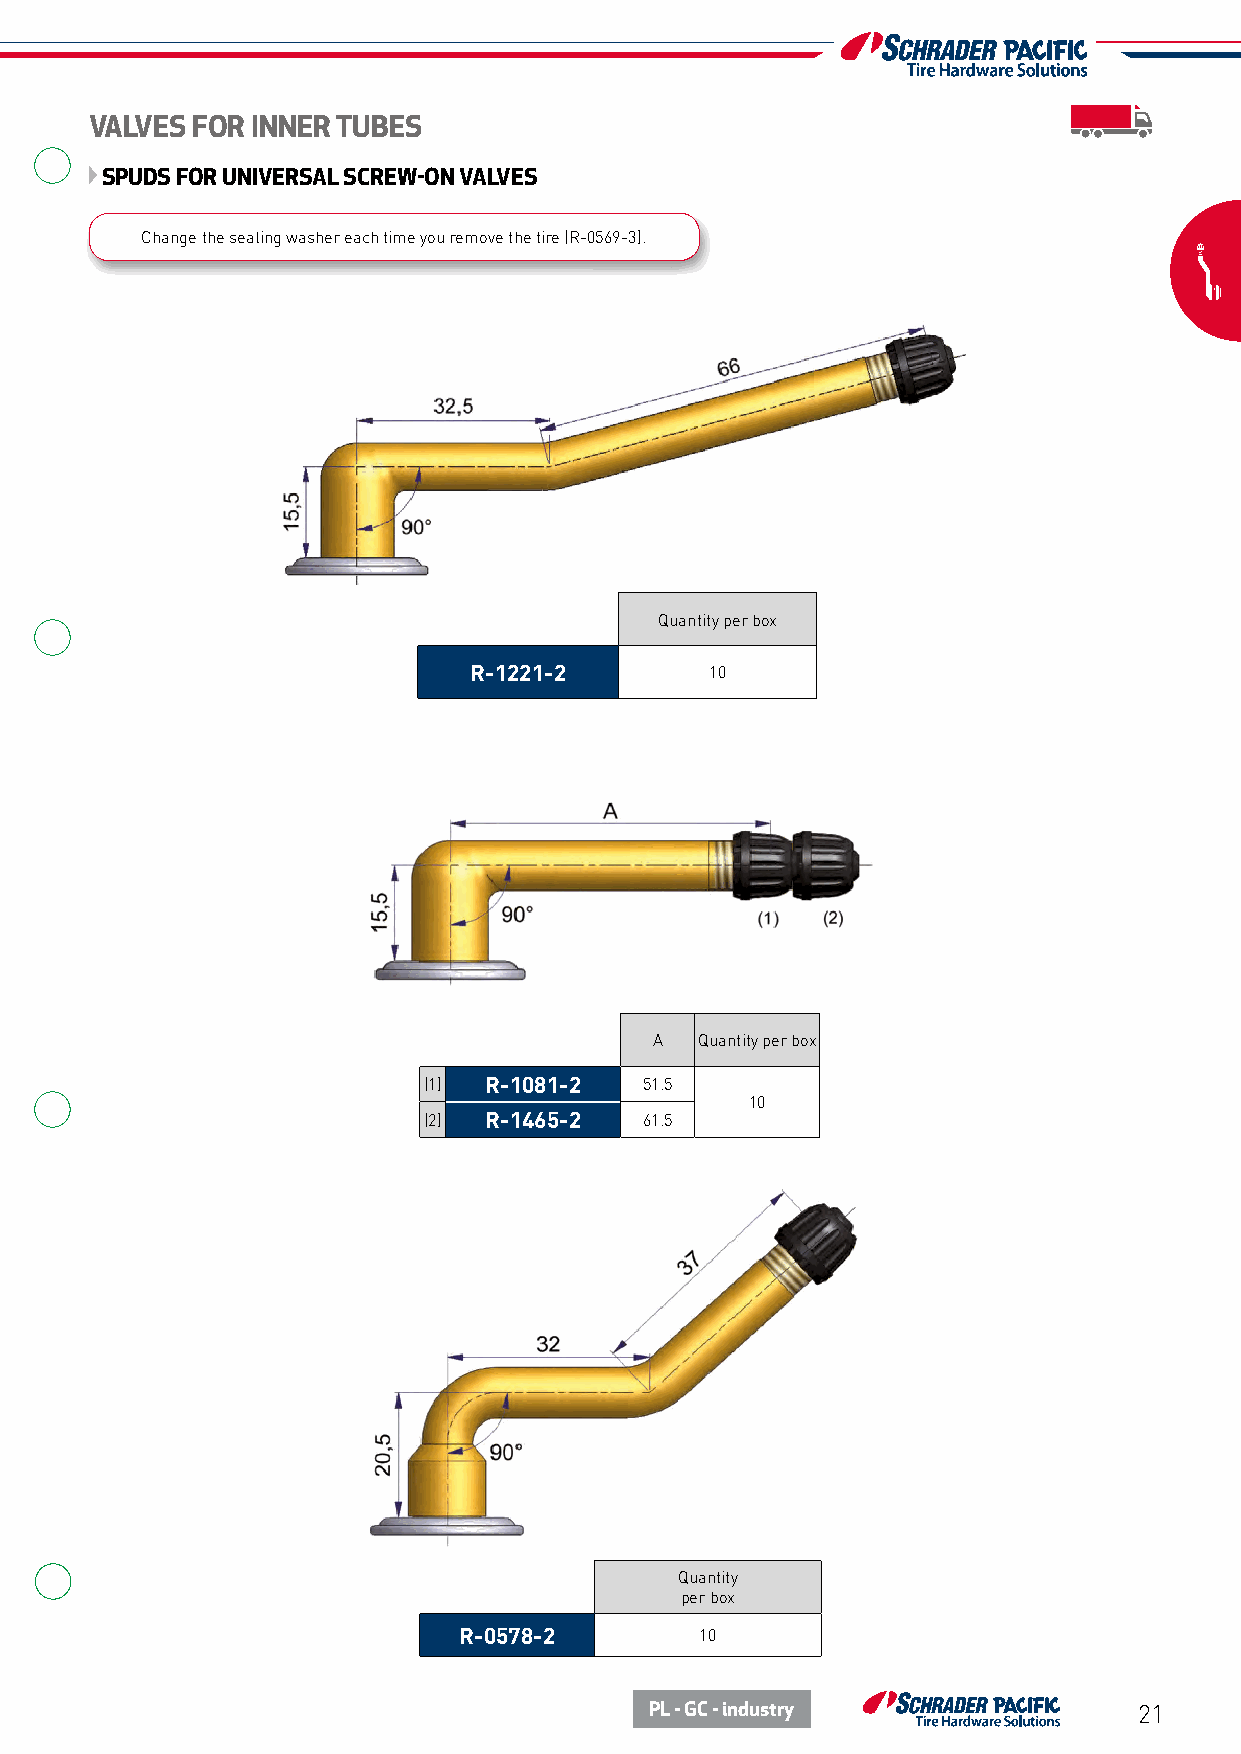
VALVES FOR INNER TUBES
 SPUDS FOR UNIVERSAL SCREW-ON VALVES
 Change the sealing washer each time you remove the tire (R-0569-3).
 Quantity per box
 R-1221-2        10
 A  Quantity per box
 (1) R-1081-2   51.5
 10
 (2) R-1465-2   61.5
 Quantity
 per box
 R-0578-2        10
 PL - GC - industry              21